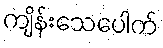
ကျိန်းသေပေါက်